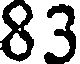
83